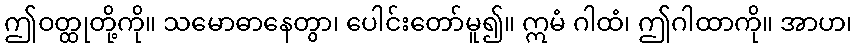
ဤဝတ္ထုတို့ကို။ သမောဓာနေတွာ၊ ပေါင်းတော်မူ၍။ ဣမံ ဂါထံ၊ ဤဂါထာကို။ အာဟ၊